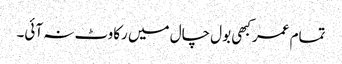
تمام عمر کبھی بول چال میں رکاوٹ نہ آئی۔